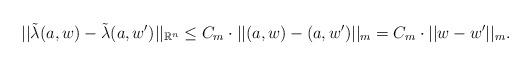
LaTeX: \begin{align*} ||\tilde{\lambda}(a,w) - \tilde{\lambda}(a,w')||_{\mathbb{R}^n} \leq C_m \cdot ||(a,w) - (a,w')||_m = C_m \cdot ||w - w'||_m.\end{align*}